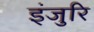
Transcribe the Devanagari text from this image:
इंजुरि